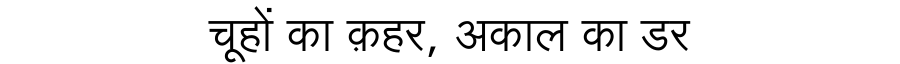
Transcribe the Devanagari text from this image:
चूहों का क़हर, अकाल का डर